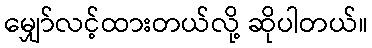
မျှော်လင့်ထားတယ်လို့ ဆိုပါတယ်။